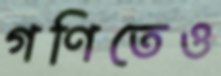
গণিতেও